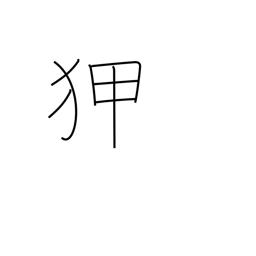
Meaning: experienced